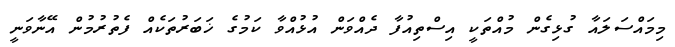
މިމައްސަލައާ ގުޅިގެން މުއްތަކީ އިސްތިއުފާ ދެއްވަން އުޅުއްވާ ކަމުގެ ޚަބަރުތަކެއް ފެތުރުމުން އޭނާވަނީ